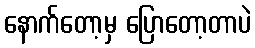
နောက်တော့မှ ပြောတော့တာပဲ